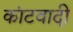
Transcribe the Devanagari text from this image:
कांटवादी